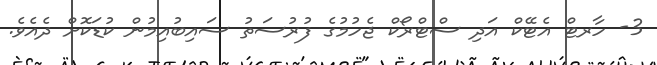
3- ހާރޓް އެޓޭކް އަދި ސްޓްރޯކް ޖެހުމުގެ ފުރުސަތު ސައިބުއިމުން ކުޑަކޮށް ދެއެވެ.